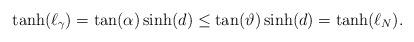
LaTeX: \begin{align*}\tanh(\ell_\gamma)=\tan(\alpha)\sinh(d)\leq\tan(\vartheta)\sinh(d)=\tanh(\ell_N).\end{align*}